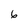
Character: 6